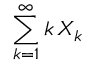
\sum _ { k = 1 } ^ { \infty } k \, X _ { k }